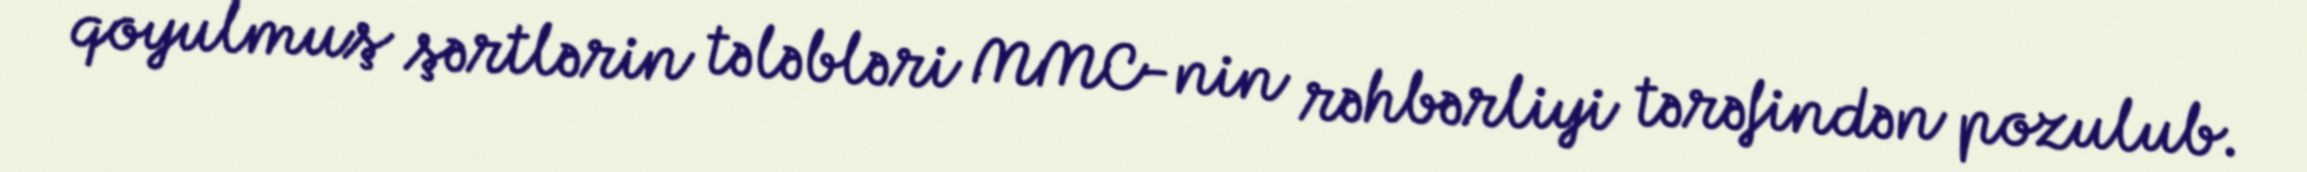
qoyulmuş şərtlərin tələbləri MMC-nin rəhbərliyi tərəfindən pozulub.